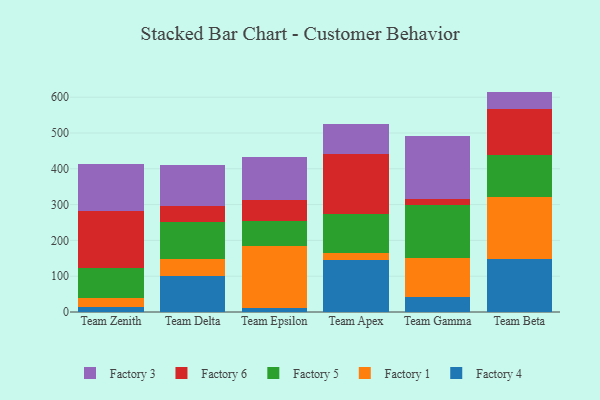
{"axis": {"x": "Team", "y": "Energy Usage (MWh)"}, "legend": ["Factory 1", "Factory 3", "Factory 4", "Factory 5", "Factory 6"], "data": [{"x": "Team Zenith", "y": 13.8, "type": "Factory 4"}, {"x": "Team Zenith", "y": 26.3, "type": "Factory 1"}, {"x": "Team Zenith", "y": 82.8, "type": "Factory 5"}, {"x": "Team Zenith", "y": 159.1, "type": "Factory 6"}, {"x": "Team Zenith", "y": 132.4, "type": "Factory 3"}, {"x": "Team Delta", "y": 101.0, "type": "Factory 4"}, {"x": "Team Delta", "y": 48.4, "type": "Factory 1"}, {"x": "Team Delta", "y": 100.9, "type": "Factory 5"}, {"x": "Team Delta", "y": 45.8, "type": "Factory 6"}, {"x": "Team Delta", "y": 114.4, "type": "Factory 3"}, {"x": "Team Epsilon", "y": 11.1, "type": "Factory 4"}, {"x": "Team Epsilon", "y": 173.2, "type": "Factory 1"}, {"x": "Team Epsilon", "y": 70.9, "type": "Factory 5"}, {"x": "Team Epsilon", "y": 58.5, "type": "Factory 6"}, {"x": "Team Epsilon", "y": 119.3, "type": "Factory 3"}, {"x": "Team Apex", "y": 144.4, "type": "Factory 4"}, {"x": "Team Apex", "y": 19.6, "type": "Factory 1"}, {"x": "Team Apex", "y": 109.1, "type": "Factory 5"}, {"x": "Team Apex", "y": 167.7, "type": "Factory 6"}, {"x": "Team Apex", "y": 84.1, "type": "Factory 3"}, {"x": "Team Gamma", "y": 40.7, "type": "Factory 4"}, {"x": "Team Gamma", "y": 110.9, "type": "Factory 1"}, {"x": "Team Gamma", "y": 146.9, "type": "Factory 5"}, {"x": "Team Gamma", "y": 18.4, "type": "Factory 6"}, {"x": "Team Gamma", "y": 173.9, "type": "Factory 3"}, {"x": "Team Beta", "y": 147.1, "type": "Factory 4"}, {"x": "Team Beta", "y": 175.4, "type": "Factory 1"}, {"x": "Team Beta", "y": 115.0, "type": "Factory 5"}, {"x": "Team Beta", "y": 130.8, "type": "Factory 6"}, {"x": "Team Beta", "y": 47.4, "type": "Factory 3"}]}